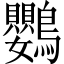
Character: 鸚